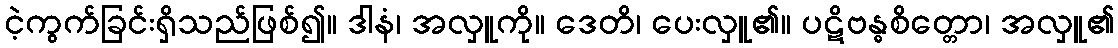
ငဲ့ကွက်ခြင်းရှိသည်ဖြစ်၍။ ဒါနံ၊ အလှူကို။ ဒေတိ၊ ပေးလှူ၏။ ပဋိဗန္ဓစိတ္တော၊ အလှူ၏